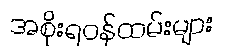
အစိုးရဝန်ထမ်းများ